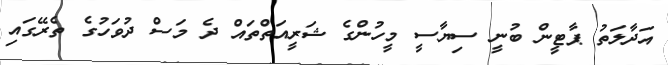
އަދާލަތު ޕާޓީން ބުނީ ސިޔާސީ މީހުންގެ ޝަރީއަތްތައް ދެ މަސް ދުވަހުގެ ތެރޭގައި